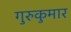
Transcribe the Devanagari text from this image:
गुरुकुमार